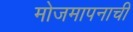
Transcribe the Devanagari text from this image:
मोजमापनाची